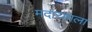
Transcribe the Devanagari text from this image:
मदारमाला